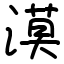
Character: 漠